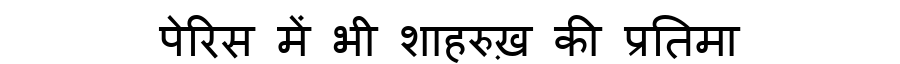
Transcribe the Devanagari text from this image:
पेरिस में भी शाहरुख़ की प्रतिमा